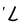
Character: L